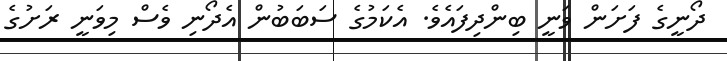
ދޯނީގެ ފަށަން ވަނީ ބިންދިފައެވެ. އެކަމުގެ ސަބަބުން އެދޯނި ވެސް މިވަނީ ރަށުގެ